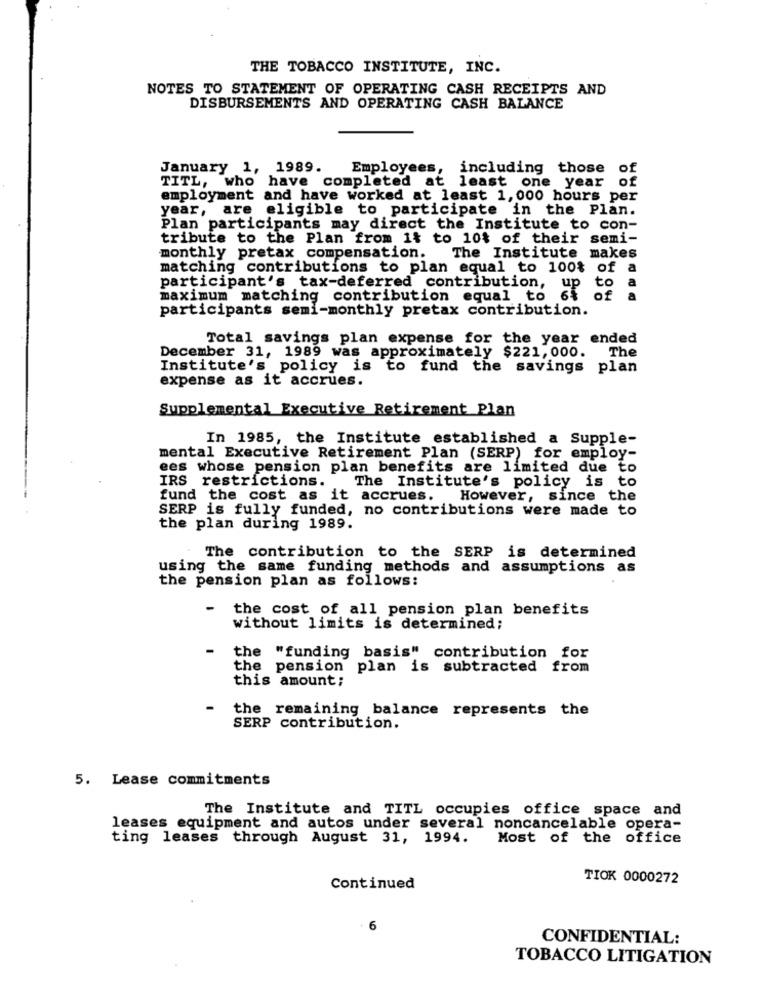
THE TOBACCO INSTITUTE, INC.
NOTES TO STATEMENT OF OPERATING CASH RECEIPTS AND
DISBURSEMENTS AND OPERATING CASH BALANCE
January 1, 1989.
Employees, including those of
TITL, who have completed at least one year of
employment and have worked at least 1,000 hours per
year, are eligible to participate in the Plan.
Plan participants may direct the Institute to con-
tribute to the Plan from it to 10$ of their semi-
monthly pretax compensation.
The Institute makes
matching contributions to plan equal to 100% of a
participant's tax-deferred contribution,
to a
maximum matching contribution equal to 6% of a
participants semi-monthly pretax contribution.
Total savings plan expense for the year ended
The
December 31, 1989 was approximately $221,000.
Institute's policy is to fund the savings plan
expense as it accrues.
Supplemental Executive Retirement Plan
In 1985, the Institute established a Supple-
mental Executive Retirement Plan (SERP) for employ-
ees whose pension plan benefits are limited due to
IRS restrictions.
The Institute's policy is to
fund the cost as it accrues. However, since the
SERP is fully funded, no contributions were made to
the plan during 1989.
The contribution to the SERP is determined
using the same funding methods and assumptions as
the pension plan as follows:
the cost of all pension plan benefits
without limits is determined;
the "funding basis" contribution for
the pension plan is subtracted from
this amount;
the remaining balance represents the
SERP contribution.
5. Lease commitments
The Institute and TITL occupies office space and
leases equipment and autos under several noncancelable opera-
ting leases through August 31, 1994.
Most of the office
TIOK 0000272
Continued
. 6
CONFIDENTIAL:
TOBACCO LITIGATION